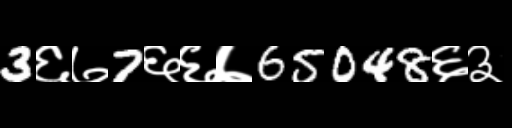
Text: 3६७7६६७65048६३